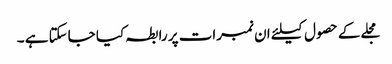
مجلے کے حصول کیلئے ان نمبرات پر رابطہ کیا جاسکتا ہے ۔